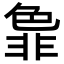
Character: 𬜞